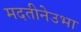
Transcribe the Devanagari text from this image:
मदतीनेउभा